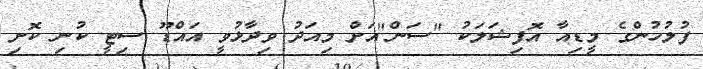
ފުލުހުންގެ މީޑިއާ އޮފިޝަލަކު "ސަން"އަށް މިއަދު ވިދާޅުވީ އައްޑޫ ސިޓީ ކުނި ކޮށި